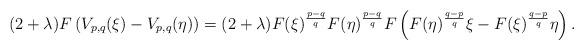
LaTeX: \begin{align*} (2 + \lambda) F \left( V_{p,q}(\xi) - V_{p,q}(\eta) \right) = (2 + \lambda) F(\xi)^{\frac{p-q}{q}} F(\eta)^{\frac{p-q}{q}} F \left( F(\eta)^{\frac{q-p}{q}} \xi - F(\xi)^{\frac{q-p}{q}} \eta \right).\end{align*}